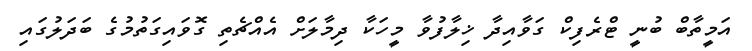
އަމީތާބް ބުނީ ޓްރެފިކް ގަވާއިދާ ޚިލާފުވާ މީހަކާ ދިމާލަށް އެއްޗެތި ގޮވައިގަތުމުގެ ބަދަލުގައި